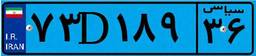
۷۳D۱۸۹۳۶